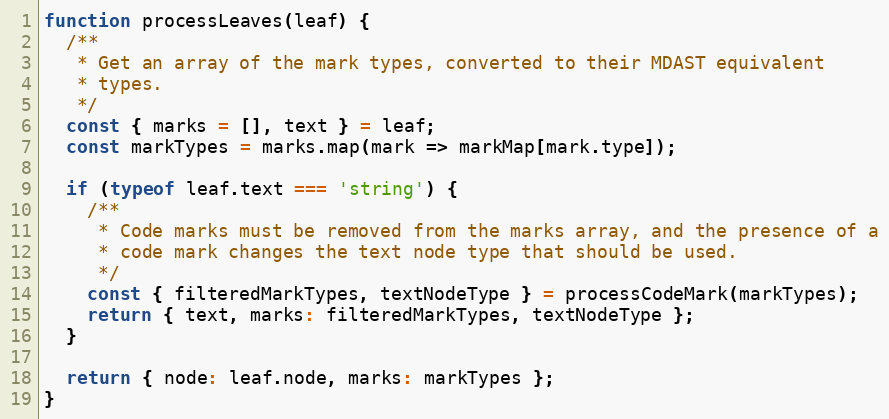
Language: JavaScript
function processLeaves(leaf) {
  /**
   * Get an array of the mark types, converted to their MDAST equivalent
   * types.
   */
  const { marks = [], text } = leaf;
  const markTypes = marks.map(mark => markMap[mark.type]);

  if (typeof leaf.text === 'string') {
    /**
     * Code marks must be removed from the marks array, and the presence of a
     * code mark changes the text node type that should be used.
     */
    const { filteredMarkTypes, textNodeType } = processCodeMark(markTypes);
    return { text, marks: filteredMarkTypes, textNodeType };
  }

  return { node: leaf.node, marks: markTypes };
}